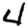
Digit: 4